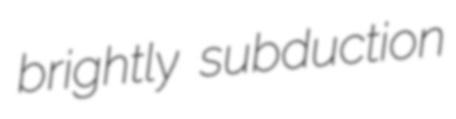
brightly subduction